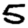
Digit: 5